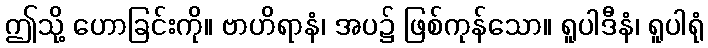
ဤသို့ ဟောခြင်းကို။ ဗာဟိရာနံ၊ အပ၌ ဖြစ်ကုန်သော။ ရူပါဒီနံ၊ ရူပါရုံ